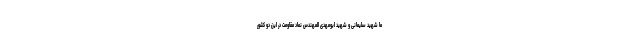
ما شهید سلیمانی و شهید ابومهدی المهندس نماد مقاومت در این دو کشور